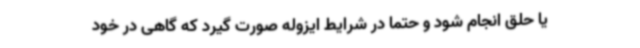
یا حلق انجام شود و حتما در شرایط ایزوله صورت گیرد که گاهی در خود